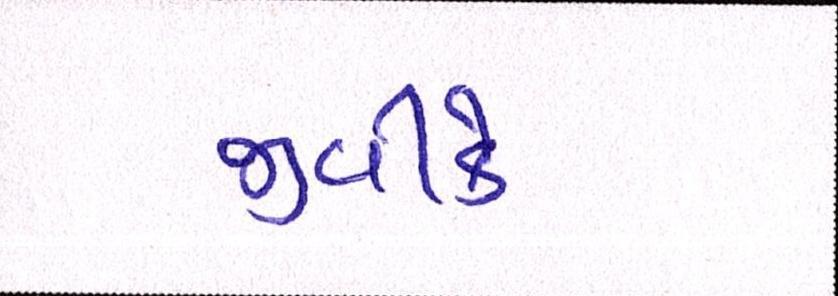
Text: જીવીકે